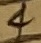
Text: 4